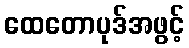
ထေတောပုဒ်အဖွင့်